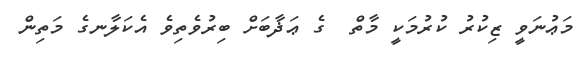
މަޢުނަވީ ޒިކުރު ކުރުމަކީ މާތް  ގެ ޢަޛާބަށް ބިރުވެތިވެ އެކަލާނގެ މަތިން